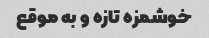
خوشمزه تازه و به موقع